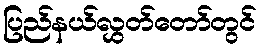
ပြည်နယ်လွှတ်တော်တွင်